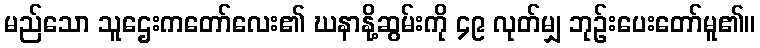
မည်သော သူဌေးကတော်လေး၏ ဃနာနို့ဆွမ်းကို ၄၉ လုတ်မျှ ဘုဉ်းပေးတော်မူ၏။